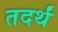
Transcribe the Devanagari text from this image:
तदर्थं